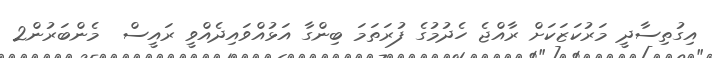
އިގުތިސާދީ މަރުކަޒަކަށް ރާއްޖެ ހެދުމުގެ ފުރަތަމަ ބިންގާ އަޅުއްވައިދެއްވީ ރައީސް  މެންބަރުން2